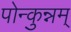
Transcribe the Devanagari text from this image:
पोन्कुन्नम्